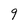
Character: 9